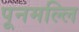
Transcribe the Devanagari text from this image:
पूनमल्लि